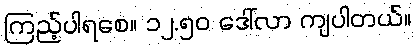
ကြည့်ပါရစေ။ ၁၂.၅၀ ဒေါ်လာ ကျပါတယ်။